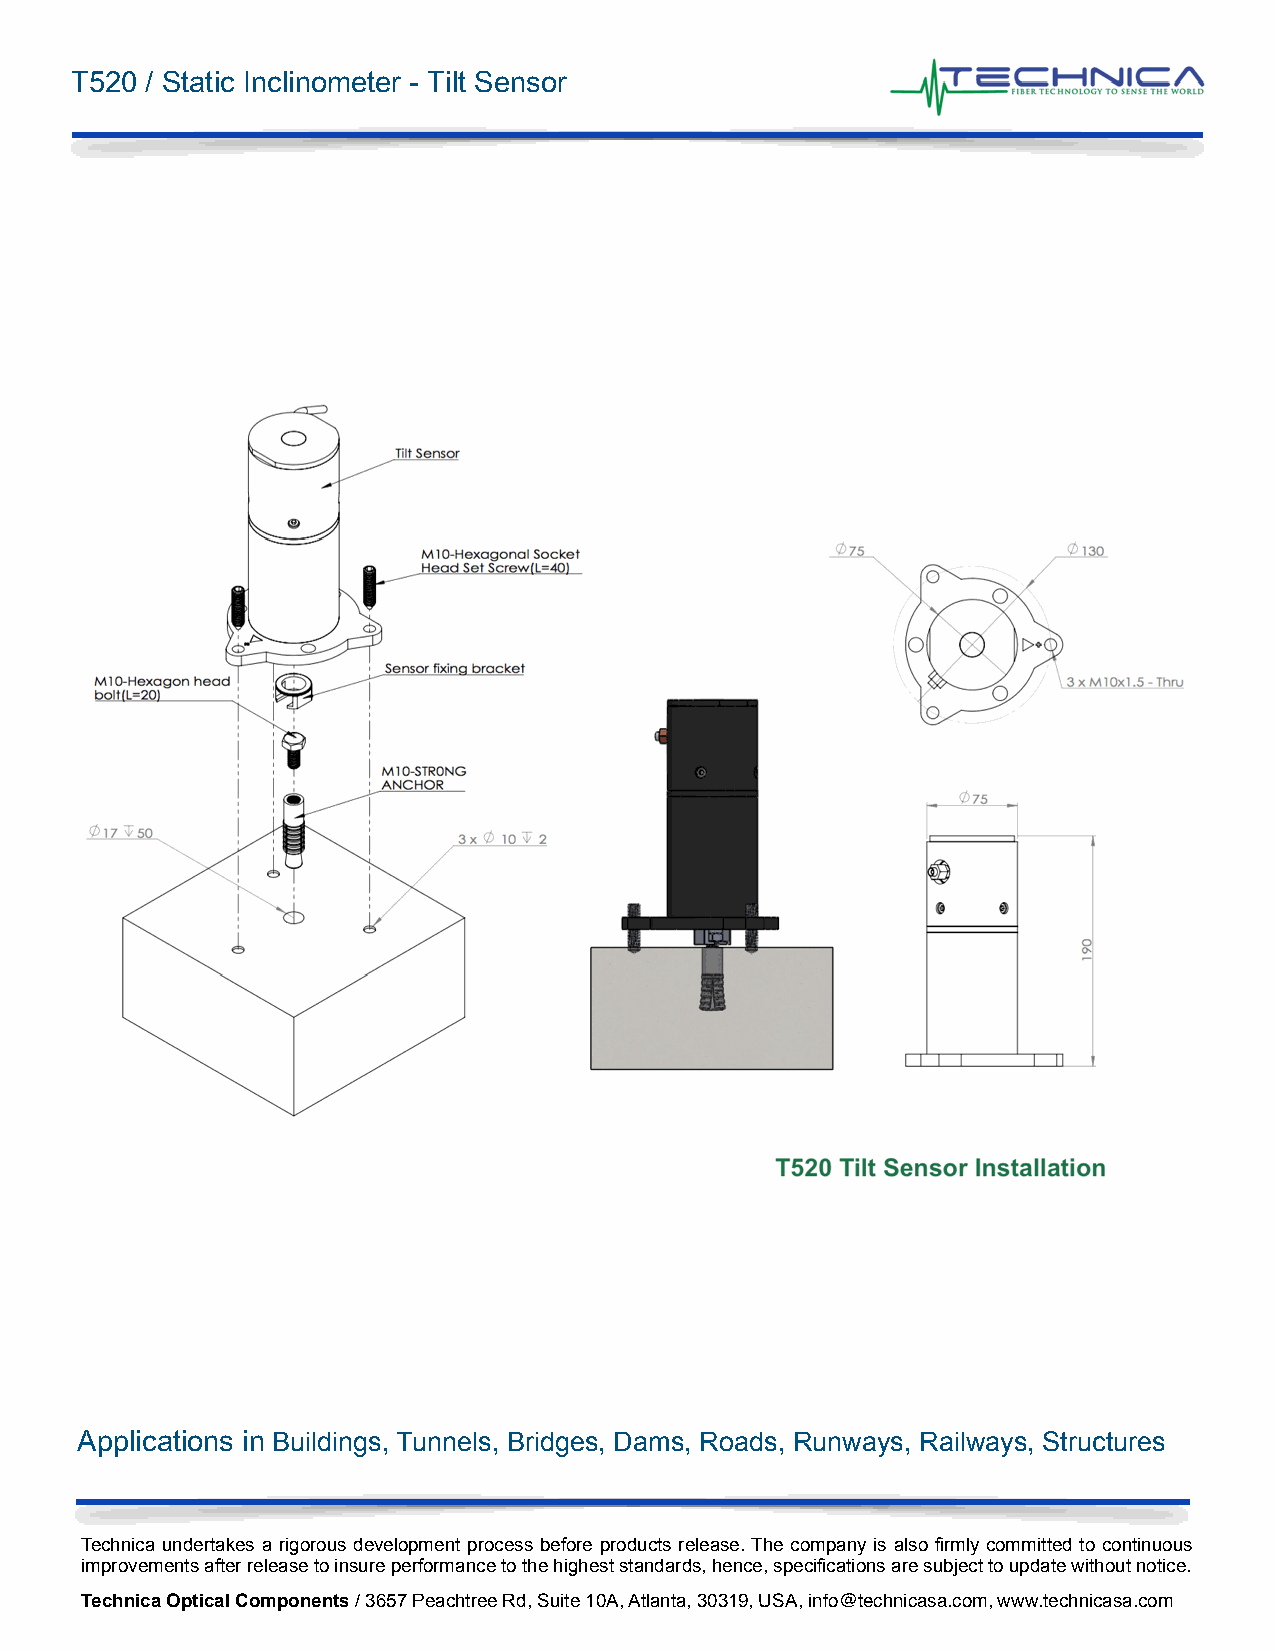
T520 / Static Inclinometer - Tilt Sensor
 Applications in Buildings, Tunnels, Bridges, Dams, Roads, Runways, Railways, Structures
 Technica undertakes a rigorous development process before products release. The company is also firmly committed to continuous
 improvements after release to insure performance to the highest standards, hence, specifications are subject to update without notice.
 Technica Optical Components / 3657 Peachtree Rd, Suite 10A, Atlanta, 30319, USA, info@technicasa.com, www.technicasa.com